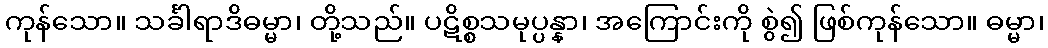
ကုန်သော။ သင်္ခါရာဒိဓမ္မာ၊ တို့သည်။ ပဋိစ္စသမုပ္ပန္နာ၊ အကြောင်းကို စွဲ၍ ဖြစ်ကုန်သော။ ဓမ္မာ၊